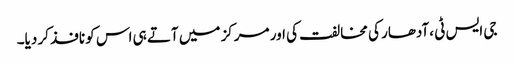
جی ایس ٹی ،آدھار کی مخالفت کی اور مرکز میں آتے ہی اس کو نافذ کر دیا۔